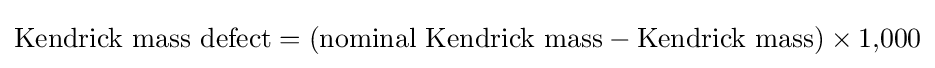
{\text{Kendrick mass defect}}=({\text{nominal Kendrick mass}}-{\text{Kendrick mass}})\times 1{,}000